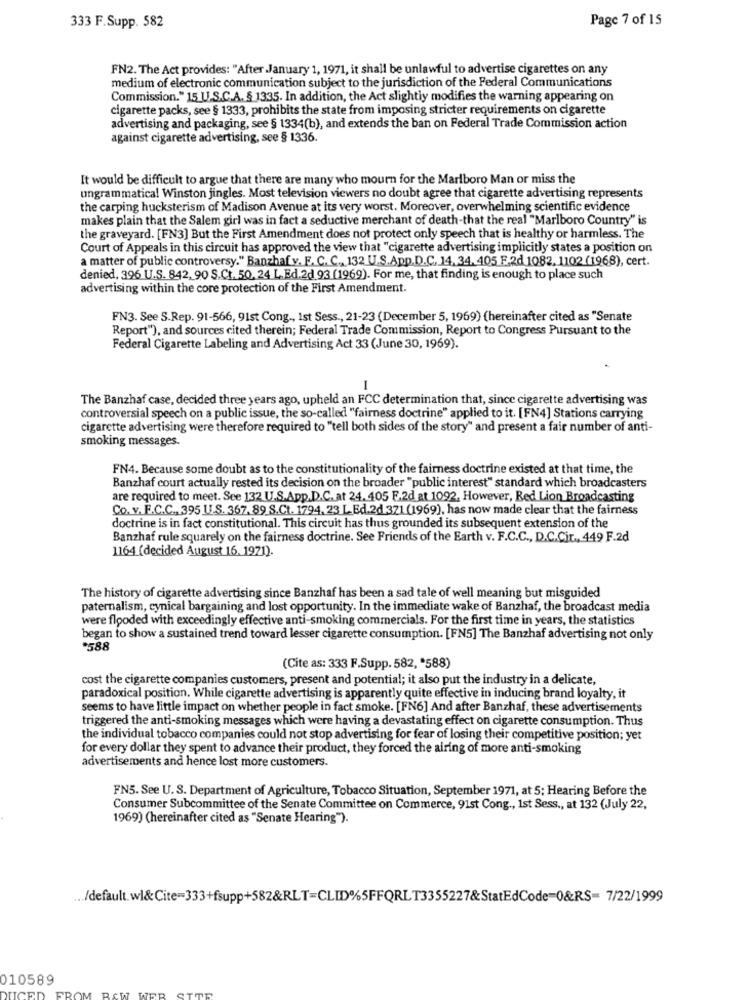
Page 7 of 15
333 F.Supp. 582
FN2. The Act provides: "After January 1, 1971, it shall be unlawful to advertise cigarettes on any
medium of electronic communication subject to the jurisdiction of the Federal Communications
Commission." 15 U.S.C.A. § 1335. In addition, the Act slightly modifies the warning appearing on
cigarette packs, see § 1333, prohibits the state from imposing stricter requirements on cigarette
advertising and packaging, see § 1334(b), and extends the ban on Federal Trade Commission action
against cigarette advertising, see § 1336.
It would be difficult to argue that there are many who mourn for the Marlboro Man or miss the
ungrammatical Winston jingles. Most television viewers no doubt agree that cigarette advertising represents
the carping hucksterism of Madison Avenue at its very worst. Moreover, overwhelming scientific evidence
makes plain that the Salem girl was in fact a seductive merchant of death-that the real "Marlboro Country" is
the graveyard. [FN3] But the First Amendment does not protect only speech that is healthy or harmless. The
Court of Appeals in this circuit has approved the view that "cigarette advertising implicitly states a position on
a matter of public controversy." Banzhaf v. F. C. C ., 132 U.S.App.D.C. 14.34. 405 F.2d 1082, 1102 (1968), cert.
denied, 396 U.S. 842, 90 S.Ct. 50, 24 L.Ed.2d 93 (1969). For me, that finding is enough to place such
advertising within the core protection of the First Amendment.
FN3. See S.Rep. 91-566, 91st Cong ., Ist Sess ., 21-23 (December 5, 1969) (hereinafter cited as "Senate
Report"), and sources cited therein; Federal Trade Commission, Report to Congress Pursuant to the
Federal Cigarette Labeling and Advertising Act 33 (June 30, 1969).
The Banzhaf case, decided three years ago, upheld an FCC determination that, since cigarette advertising was
controversial speech on a public issue, the so-called "fairness doctrine" applied to it. [FN4] Stations carrying
cigarette advertising were therefore required to "tell both sides of the story" and present a fair number of anti-
smoking messages.
FN4. Because some doubt as to the constitutionality of the fairness doctrine existed at that time, the
Banzhaf court actually rested its decision on the broader "public interest" standard which broadcasters
are required to meet. See 132 U.S.App.D.C.at 24. 405 F.2d at 1092, However, Red Lion Broadcasting
Co. v. F.C.C ., 395 U.S. 367. 89 S.Ct. 1794.23 L.Ed.2d.371 (1969), has now made clear that the fairness
doctrine is in fact constitutional. This circuit has thus grounded its subsequent extension of the
Banzhaf rule squarely on the fairness doctrine. See Friends of the Earth v. F.C.C ., D.C.Cit ., 449 F.2d
1164 (decided August 16, 1971).
The history of cigarette advertising since Banzhaf has been a sad tale of well meaning but misguided
paternalism, cynical bargaining and lost opportunity. In the immediate wake of Banzhaf, the broadcast media
were flooded with exceedingly effective anti-smoking commercials. For the first time in years, the statistics
began to show a sustained trend toward lesser cigarette consumption. [FN5] The Banzhaf advertising not only
*588
(Cite as: 333 F.Supp. 582, "588)
cost the cigarette companies customers, present and potential; it also put the industry in a delicate,
paradoxical position. While cigarette advertising is apparently quite effective in inducing brand loyalty, it
seems to have little impact on whether people in fact smoke. [FN6] And after Banzhaf, these advertisements
triggered the anti-smoking messages which were having a devastating effect on cigarette consumption. Thus
the individual tobacco companies could not stop advertising for fear of losing their competitive position; yet
for every dollar they spent to advance their product, they forced the airing of more anti-smoking
advertisements and hence lost more customers.
FN5. See U. S. Department of Agriculture, Tobacco Situation, September 1971, at 5; Hearing Before the
Consumer Subcommittee of the Senate Committee on Commerce, 91st Cong ., 1st Sess ., at 132 (July 22,
1969) (hereinafter cited as "Senate Hearing").
... /default. wl&Cite=333+fsupp+582&RLT=CLID%5FFQRLT3355227&StatEdCode=0&RS= 7/22/1999
010589
RAW
WER